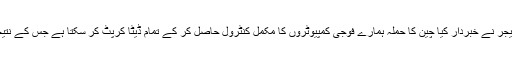
دوسری جانب بھارتی ایئرفورس کے سابق سربراہ فالی میجر نے خبردار کیا چین کا حملہ ہمارے فوجی کمپیوٹروں کا مکمل کنٹرول حاصل کر کے تمام ڈیٹا کرپٹ کر سکتا ہے جس کے نتیجے میں ہمارا ملٹری نیٹ ورک بیکار ہو کر رہ جائے گا۔